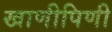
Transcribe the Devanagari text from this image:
खाणीपिणी